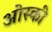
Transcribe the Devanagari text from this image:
ओस्की